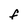
Character: F